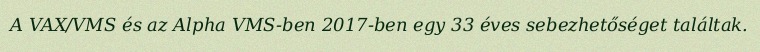
A VAX/VMS és az Alpha VMS-ben 2017-ben egy 33 éves sebezhetőséget találtak.